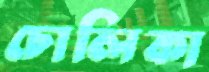
চোলিকা